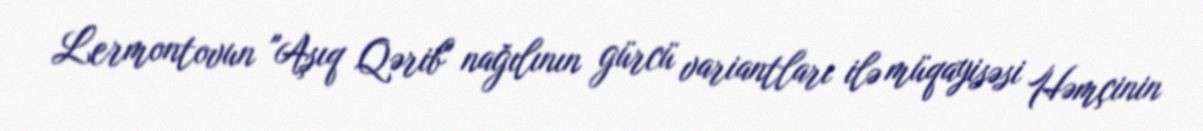
Lermontovun "Aşıq Qərib" nağılının gürcü variantları ilə müqayisəsi Həmçinin